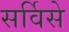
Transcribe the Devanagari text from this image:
सर्विसे